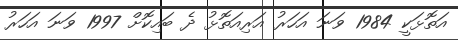
އަތޮޅަކީ 1984 ވަނަ އަހަރު އަރިއަތޮޅު ދެ ބައިކޮށް 1997 ވަނަ އަހަރު